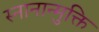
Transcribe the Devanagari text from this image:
स्नानान्मुक्ति